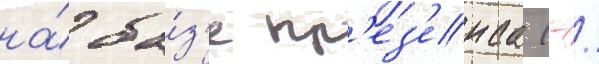
на́ ба́з'е пр'ез'енса (-/